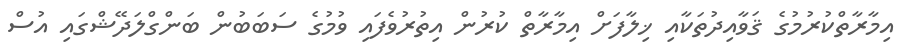
އިމާރާތްކުރުމުގެ ޤަވާއިދުތަކާއި ޚިލާފަށް އިމާރާތް ކުރުން އިތުރުވެފައި ވުމުގެ ސަބަބުން ބަންގްލަދޭޝްގައި އުސް